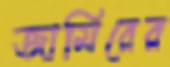
জামিরের